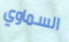
السماوي